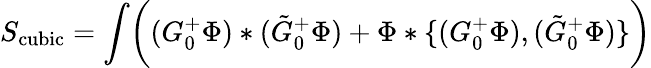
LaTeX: S_{\mathrm{cubic}}=\int\biggl((G_{0}^{+}\Phi)*(\tilde{G}_{0}^{+}\Phi)+\Phi*\{ (G_{0}^{+}\Phi),(\tilde{G}_{0}^{+}\Phi)\} \biggr)